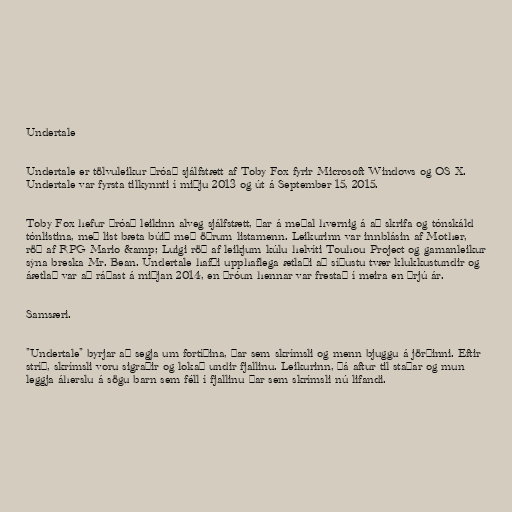
Undertale

Undertale er tölvuleikur þróað sjálfstætt af Toby Fox fyrir Microsoft Windows og OS X.
Undertale var fyrsta tilkynnti í miðju 2013 og út á September 15, 2015.

Toby Fox hefur þróað leikinn alveg sjálfstætt, þar á meðal hvernig á að skrifa og tónskáld
tónlistina, með list bæta búið með öðrum listamenn. Leikurinn var innblásin af Mother,
röð af RPG Mario &amp; Luigi röð af leikjum kúlu helvíti Touhou Project og gamanleikur
sýna breska Mr. Bean. Undertale hafði upphaflega ætlaði að síðustu tvær klukkustundir og
áætlað var að ráðast á miðjan 2014, en þróun hennar var frestað í meira en þrjú ár.

Samsæri.

"Undertale" byrjar að segja um fortíðina, þar sem skrímsli og menn bjuggu á jörðinni. Eftir
stríð, skrímsli voru sigraðir og lokað undir fjallinu. Leikurinn, þá aftur til staðar og mun
leggja áherslu á sögu barn sem féll í fjallinu þar sem skrímsli nú lifandi.